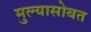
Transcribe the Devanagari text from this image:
मुल्यासोबत